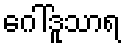
ဂေါ်ဒူသာရ